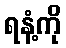
ရနံ့ကို